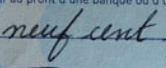
neuf cent